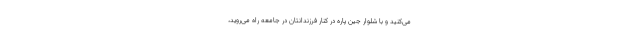
می‌کنید و با شلوار جین پاره در کنار فرزندانتان در جامعه راه می‌روید،